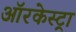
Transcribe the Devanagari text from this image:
ऑरकेस्ट्रा